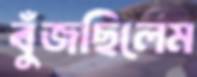
বুঁজছিলেম